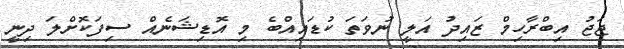
ޖަޖު އިބްރާހިމް ޒައިދު އަލީ ނުވަތަ ކުޑައިއްބެ މި އޮޑިޝަނެއް ސިފަކޮށްލަ ދިނީ